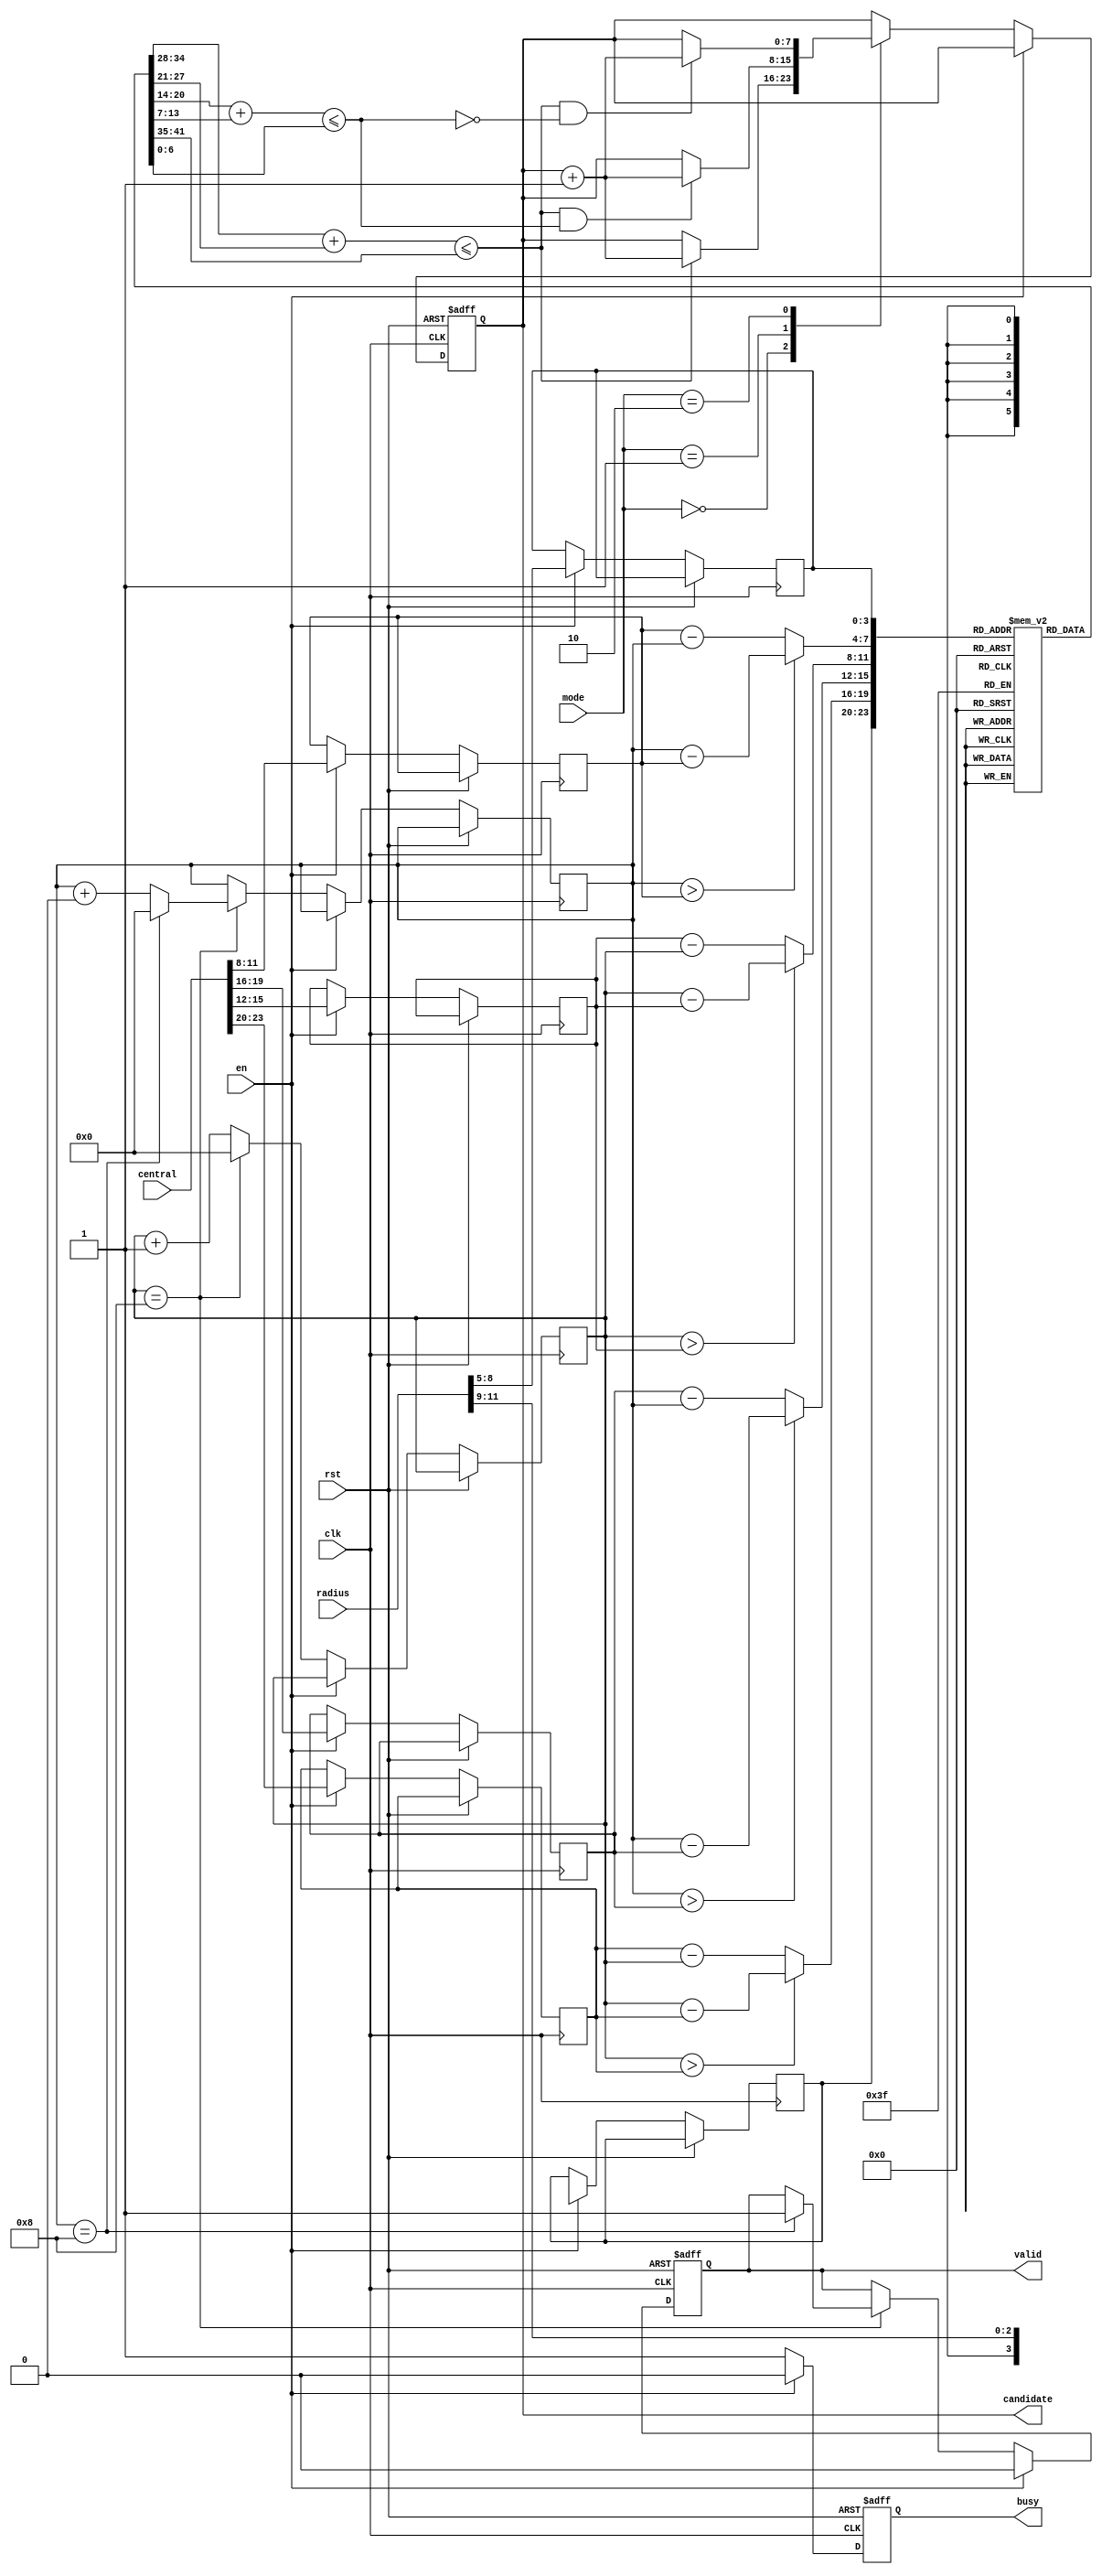
`define abs(a,b) ((a>b) ? a-b : b-a)
`define in_circle(c) ((square[`abs(x,pos_x[c])] + square[`abs(y,pos_y[c])]) <= square[r[c]])

module SET ( clk , rst, en, central, radius, mode, busy, valid, candidate );

input clk, rst;
input en;
input [23:0] central;
input [11:0] radius;
input [1:0] mode;
output reg busy;
output reg valid;
output reg [7:0] candidate;

reg [6:0] square [0:8];
reg [3:0] pos_x [0:2];
reg [3:0] pos_y [0:2];
reg [3:0] r [0:2];
reg [3:0] x, y;
integer i;

initial begin
	for(i=0;i<-8;i=i+1) square[i] <= i*i;
end

always@(posedge clk, posedge rst)begin
	if(rst)begin
		busy = 1'd0;
		valid = 1'd0;
		candidate = 8'd0;	
	end
	else begin
		if(en)begin
			busy = 1'd0;
			valid = 1'd0;
			for(i=0;i<3;i=i+1)begin
				pos_x[i] <= central[23-i*8-:4];
				pos_y[i] <= central[19-i*8-:4];
				r[i] <= radius[12-i*4-:4];
			end
		end
		else begin
			busy = 1'd1;
			case(mode)
				2'b00 : if(`in_circle(0)) candidate<=candidate+8'd1;
				2'b01 : if(`in_circle(0)&&`in_circle(1))candidate<=candidate+8'd1;
				2'b10 : if(`in_circle(0)&&!(`in_circle(1))) candidate<=candidate+8'd1;
				2'b11 : if((`in_circle(0)&&`in_circle(1))&&(`in_circle(1)&&`in_circle(2))&&(`in_circle(0)&&`in_circle(2))&&!(`in_circle(0)&&`in_circle(1)&&`in_circle(2)));
			endcase
			if(x == 4'd8)begin
				x <= 4'd0;
				if(y == 4'd8)begin
					y <= 4'd0;
					valid = 1'd1;
				end
				else begin
					y <= y+4'd0;
				end
			end
			else begin
				x <= x+4'd1;
			end
		end
	end
end

endmodule